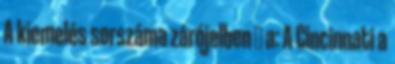
A kiemelés sorszáma zárójelben ↑ a: A Cincinnati a